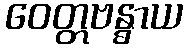
ဝေတ္တဗန္ဓာယ